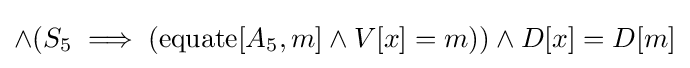
\land (S_{5}\implies (\operatorname {equate} [A_{5},m]\land V[x]=m))\land D[x]=D[m]